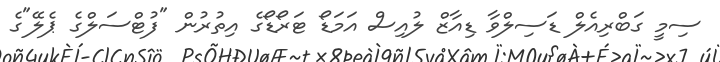
ސިމީ ގަބްރިއެލް ޑަސިލްވާ ޑިއާޒް ލުއިސް އަމަޑޯ ޓަރޯޑޯގެ އިތުރުން "ފުޓްސަލްގެ ޕެލޭ"ގެ